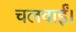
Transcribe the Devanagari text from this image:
चलवाईं।